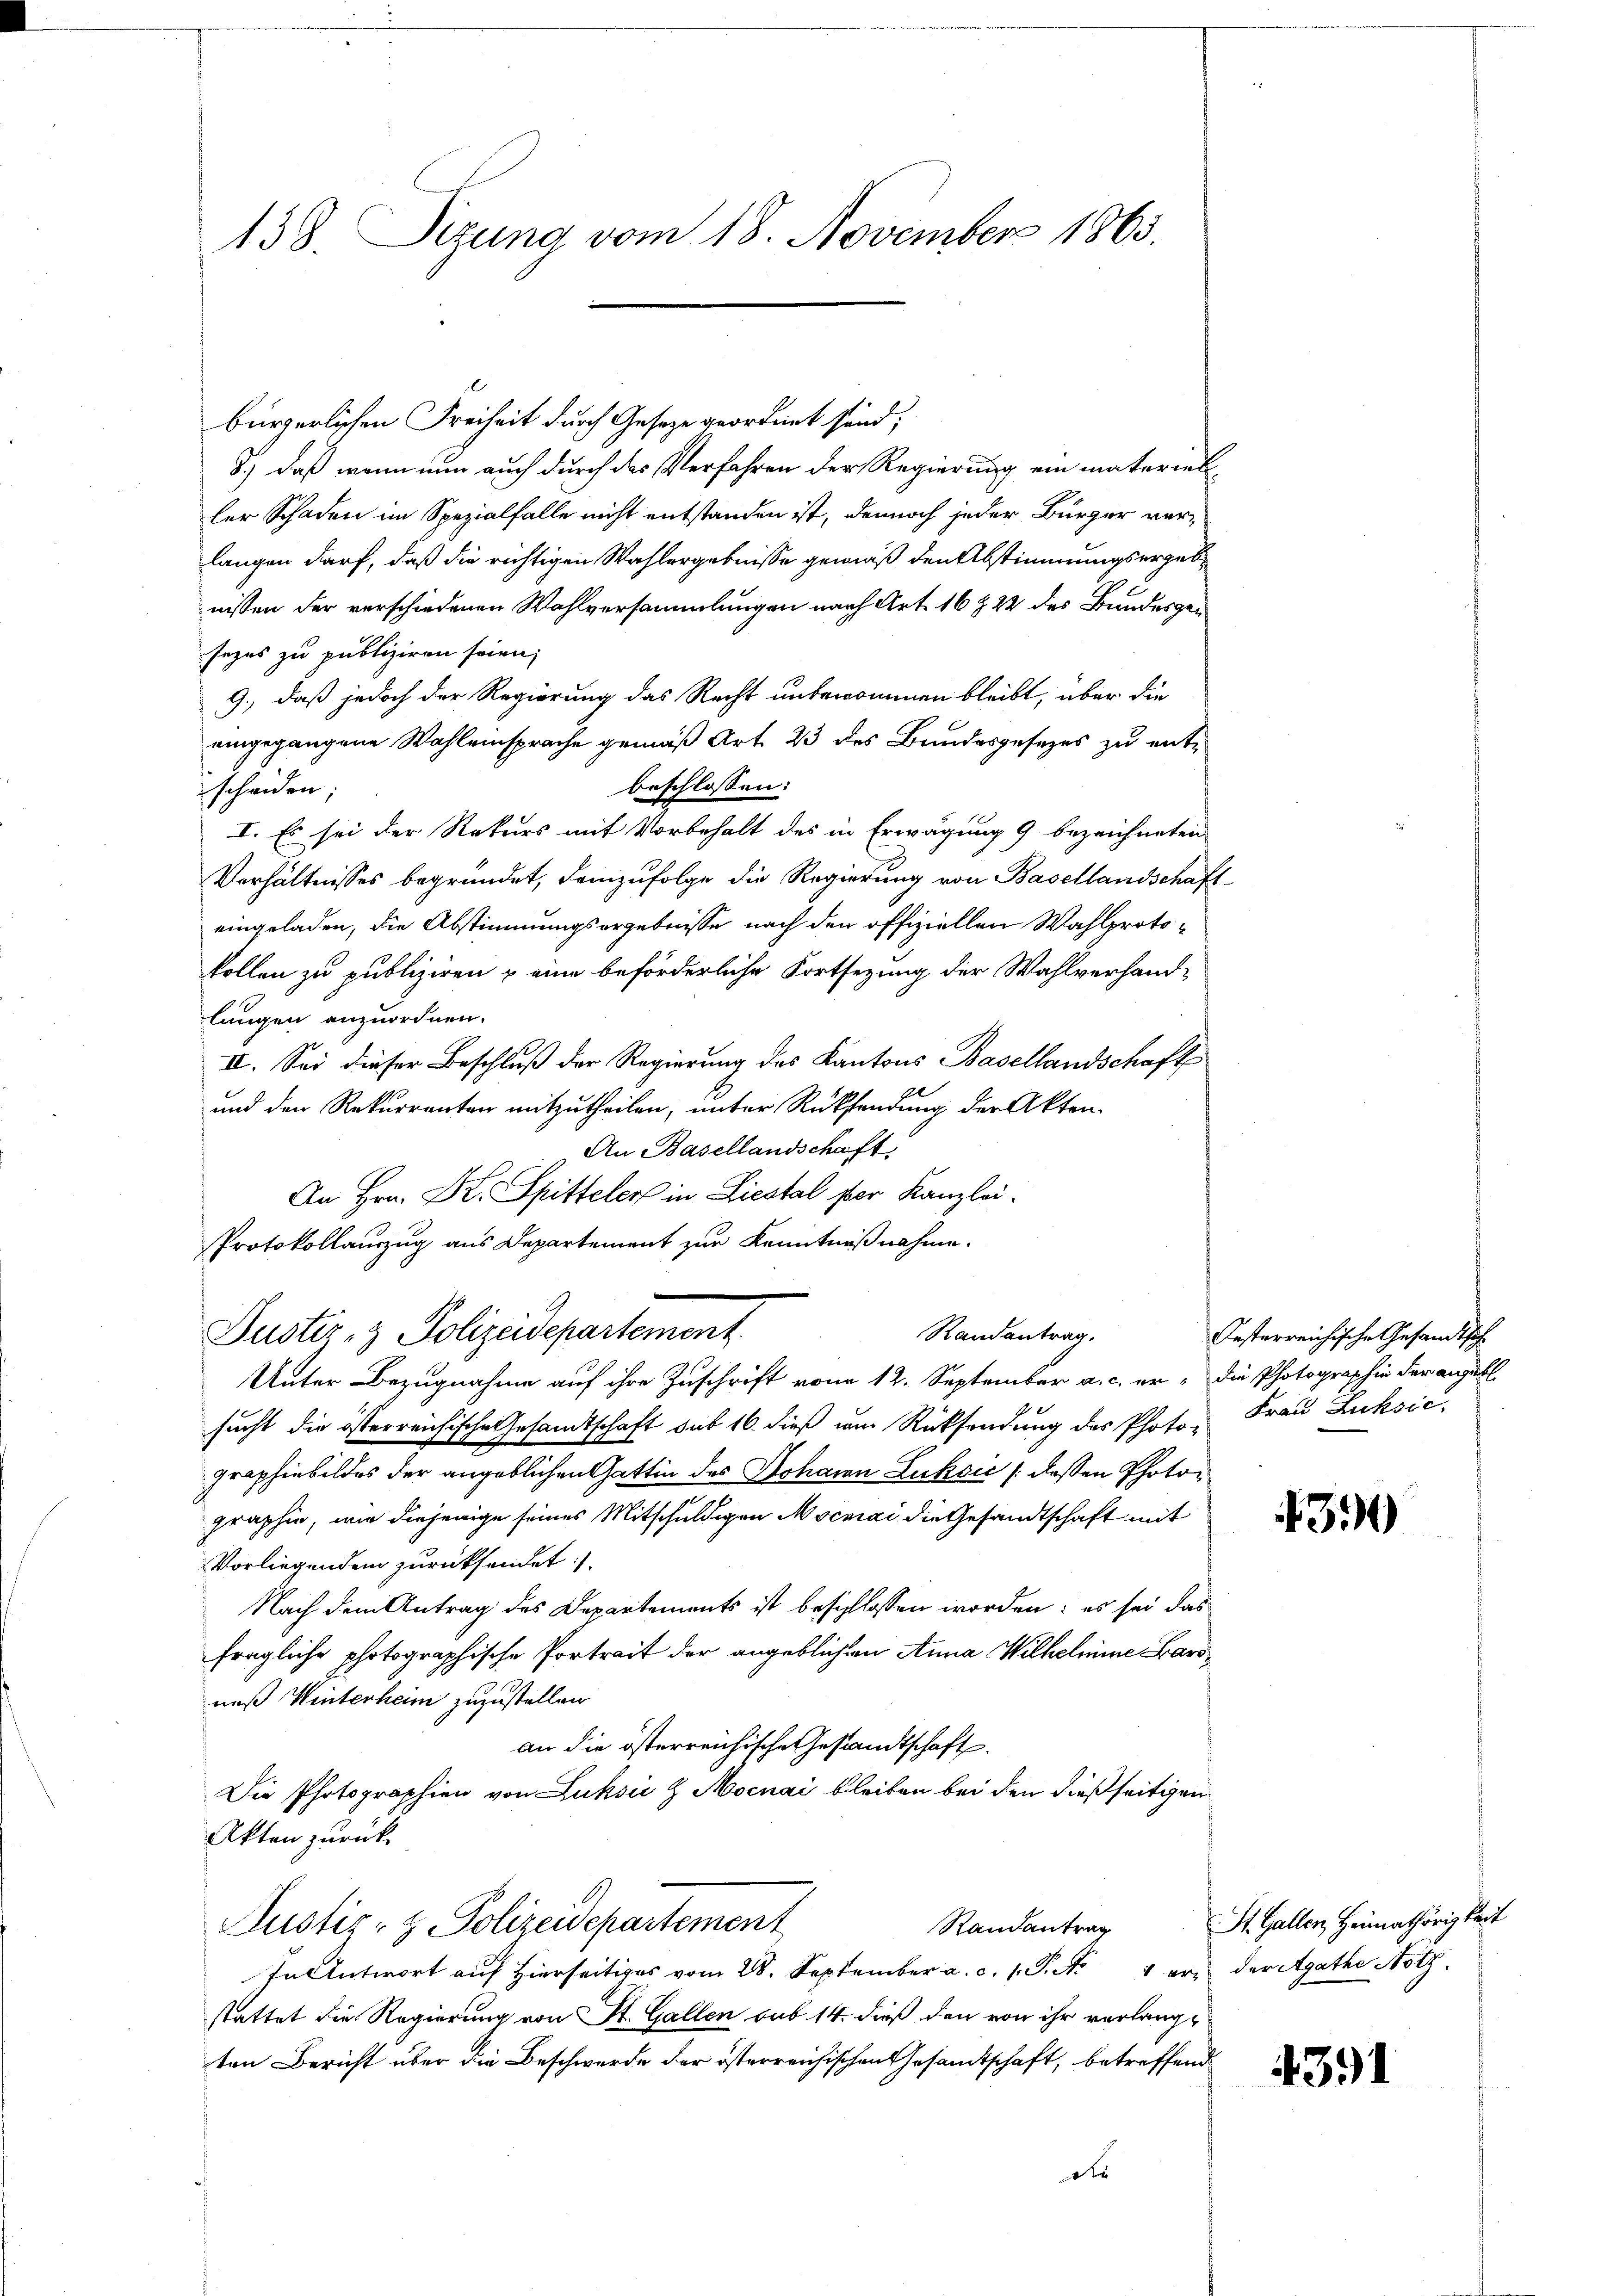
138. Sizung vom 18. November 1863.

bürgerlischen Freiheit durch Gesetze geordnet sind;
8.) Daß wenn nun auch durch das Verfahren der Regierung ein materieller Schaden im Spezialfalle nicht entstanden ist, dennoch jeder Bürger verlangen darf, daß die richtigen Wahlergebnisse gemäß den Abstimmungsergebnissen der verschiedenen Wahlversammlungen nach Art. 16 § 22 des Bundesgensezes zu publiziren seien;
9., daß jedoch der Regierung das Recht unbenommen bleibt, über die
eingegangene Wahleinsprache gemäß Art. 23 des Bundesgesezes zu entbeschlossen:
scheiden;
I. Es sei der Rekurs mit Vorbehalt des in Erwägung 9 bezeichneten
Verhältnisses begründet, demzufolge die Regierung von Basellandschaft
eingeladen, die Abstimmungsergebnisse nach den offiziellen Wahlprotokollen zu publiziren & eine beförderliche Fortsezung der Wahlverhand-
lungen anzuordnen.
IV. Sei dieser Beschluß der Regierung des Kantons Basellandschaft
und den Rekurrenten mitzutheilen, unter Rücksendung der Akten.
An Basellandschaft
An Hrn. Kr. Spitteler in Liestal per Kanzlei.
Protokollauszug aus Departement zur Kenntnißnahme.
Randantrag.
Justiz- & Polizeidepartement.
Unter Bezugnahme auf ihre Zuschrift vom 12. September a. c. er die Photographie der angebl
Ihr Gesamtschaft sub 16. dieß um Rücksendung des Photo, Frau Luksić,
sucht die österreiche
graphie bildes der angeblichen Gattin des Johann Lukoić / dessen Photographie, wie diejenige seines Mitschuldigen Mscmai die Gesandtschaft mit
Vorliegenden zurücksendet:
Nach dem Antrag des Departements ist beschlossen worden: es sei das
fragliche photographische Portrait der angeblichen Anna Wilhelmine arsneß Winterheim zuzustellen
an die österreichische Gesandtschaft.
Die Photographien von Luksić z Mocnai bleiben bei den dießseitigen
Akten zurück
Justiz- & Polizeidepartement
Randantrag
In Antwort auf Hierseitiges vom 28. September a. c. 1 Pkt. 1 er der Agathe Noth-
stattet die Regierung von St. Gallen sub 14. dieß den von ihr verlang-
ten Bericht über die Beschwerde der österreichischen Gesandtschaft, betreffend
dr

Oesterreichische Gesandtsch

4300

St. Gallen, Heimathörigkeit

4391